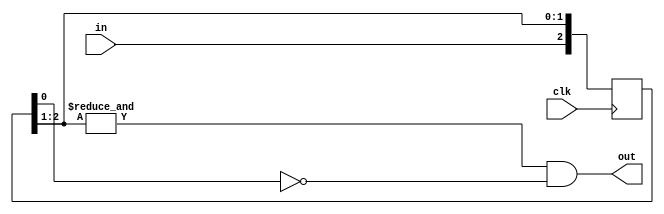
`timescale 1ns / 1ps
//////////////////////////////////////////////////////////////////////////////////
// Company: 
// Engineer: 
// 
// Design Name: 
// Module Name: button
// Project Name: 
// Target Devices: 
// Tool Versions: 
// Description: 
// 
// Dependencies: 
// 
// Revision:
// Revision 0.01 - File Created
// Additional Comments:
// 
//////////////////////////////////////////////////////////////////////////////////


module button(
    input clk,
    input in,
    output out
    );
    
    localparam N = 3;
    
    reg [N - 1:0] Q_reg, Q_next;
    
    always @(posedge clk)
    begin
        Q_reg <= Q_next;
    end
    
    // Next state logic
    always @(Q_reg, in)
    begin
        // Right shift
        Q_next = {in, Q_reg[N - 1:1]};
    end
    
    // Output logic
    assign out = (&Q_reg[N - 1:1]) & ~Q_reg[0];
endmodule